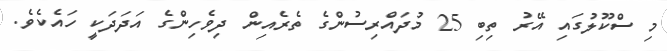
މި ސްކޫލުގައި އޭރު ތިބި 25 މުދައްރިސުންގެ ތެރެއިން ދިވެހިންގެ އަދަދަކީ ހައެކެވެ.